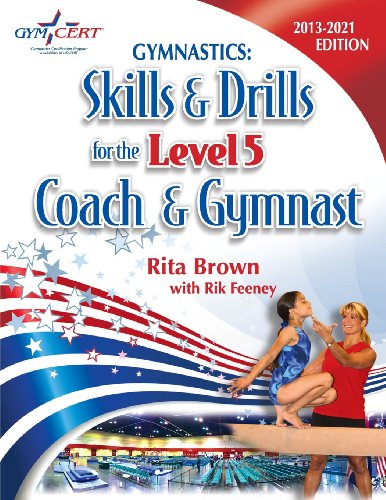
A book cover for Gymnastics: Level 5 Skills & Drills for the Coach and Gymnast; Rita Brown; Sports & Outdoors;